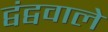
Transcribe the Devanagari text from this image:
द्वंद्ववाले